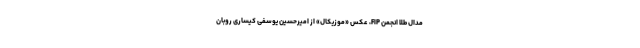
مدال طلا انجمن FIP، عکس «موزیکال» از امیرحسین یوسفی کیساری روبان